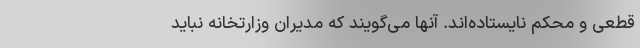
قطعی و محکم نایستاده‌اند. آنها می‌گویند که مدیران وزارتخانه نباید